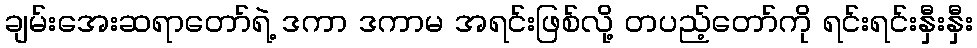
ချမ်းအေးဆရာတော်ရဲ့ ဒကာ ဒကာမ အရင်းဖြစ်လို့ တပည့်တော်ကို ရင်းရင်းနှီးနှီး